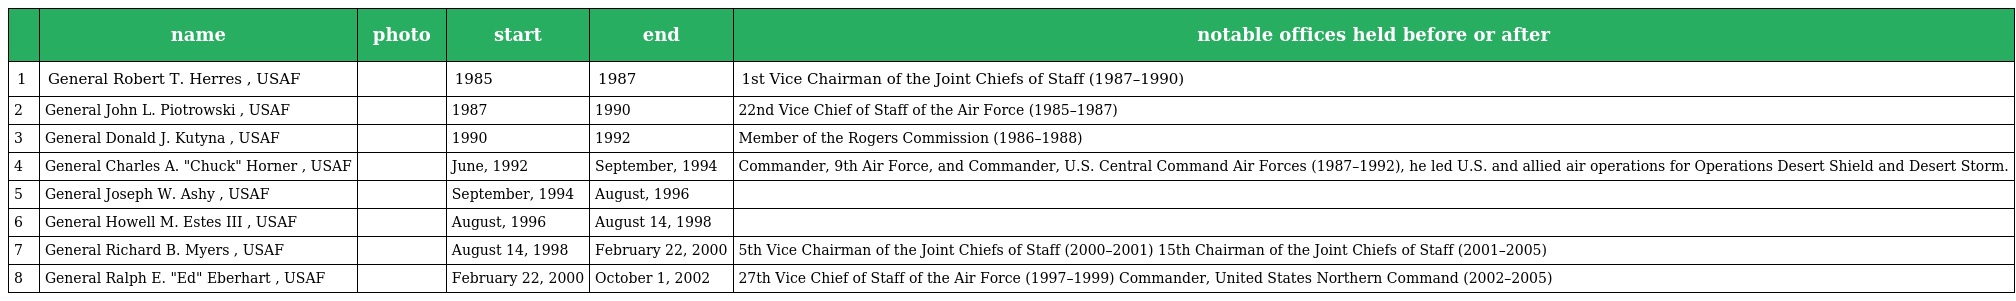
|  | name | photo | start | end | notable offices held before or after |
 | --- | --- | --- | --- | --- | --- |
 | 1 | General Robert T. Herres , USAF |  | 1985 | 1987 | 1st Vice Chairman of the Joint Chiefs of Staff (1987–1990) |
 | 2 | General John L. Piotrowski , USAF |  | 1987 | 1990 | 22nd Vice Chief of Staff of the Air Force (1985–1987) |
 | 3 | General Donald J. Kutyna , USAF |  | 1990 | 1992 | Member of the Rogers Commission (1986–1988) |
 | 4 | General Charles A. "Chuck" Horner , USAF |  | June, 1992 | September, 1994 | Commander, 9th Air Force, and Commander, U.S. Central Command Air Forces (1987–1992), he led U.S. and allied air operations for Operations Desert Shield and Desert Storm. |
 | 5 | General Joseph W. Ashy , USAF |  | September, 1994 | August, 1996 |  |
 | 6 | General Howell M. Estes III , USAF |  | August, 1996 | August 14, 1998 |  |
 | 7 | General Richard B. Myers , USAF |  | August 14, 1998 | February 22, 2000 | 5th Vice Chairman of the Joint Chiefs of Staff (2000–2001) 15th Chairman of the Joint Chiefs of Staff (2001–2005) |
 | 8 | General Ralph E. "Ed" Eberhart , USAF |  | February 22, 2000 | October 1, 2002 | 27th Vice Chief of Staff of the Air Force (1997–1999) Commander, United States Northern Command (2002–2005) |